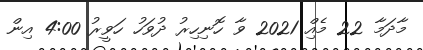
މާދަމާ 22 މެއިް 2021 ވާ ހޮނިހިރު ދުވަހު ހަވީރު 4:00 އިން